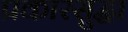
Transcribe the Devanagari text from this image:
प्रकारसुद्घा